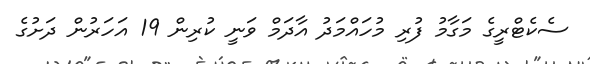
ސެކެޓްރީގެ މަގާމު ފުރި މުހައްމަދު އާދަމް ވަނީ ކުރިން 19 އަހަރުން ދަށުގެ